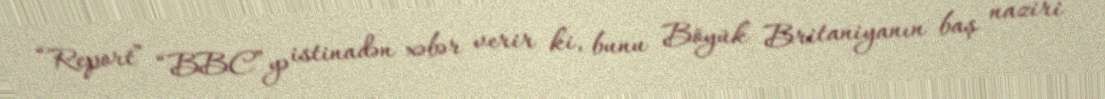
“Report” “BBC”yə istinadən xəbər verir ki, bunu Böyük Britaniyanın baş naziri